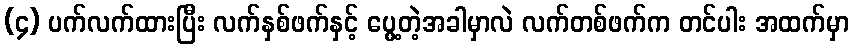
(၄) ပက်လက်ထားပြီး လက်နှစ်ဖက်နှင့် ပွေ့တဲ့အခါမှာလဲ လက်တစ်ဖက်က တင်ပါး အထက်မှာ